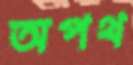
অপথ